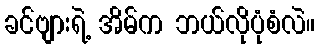
ခင်ဗျားရဲ့ အိမ်က ဘယ်လိုပုံစံလဲ။